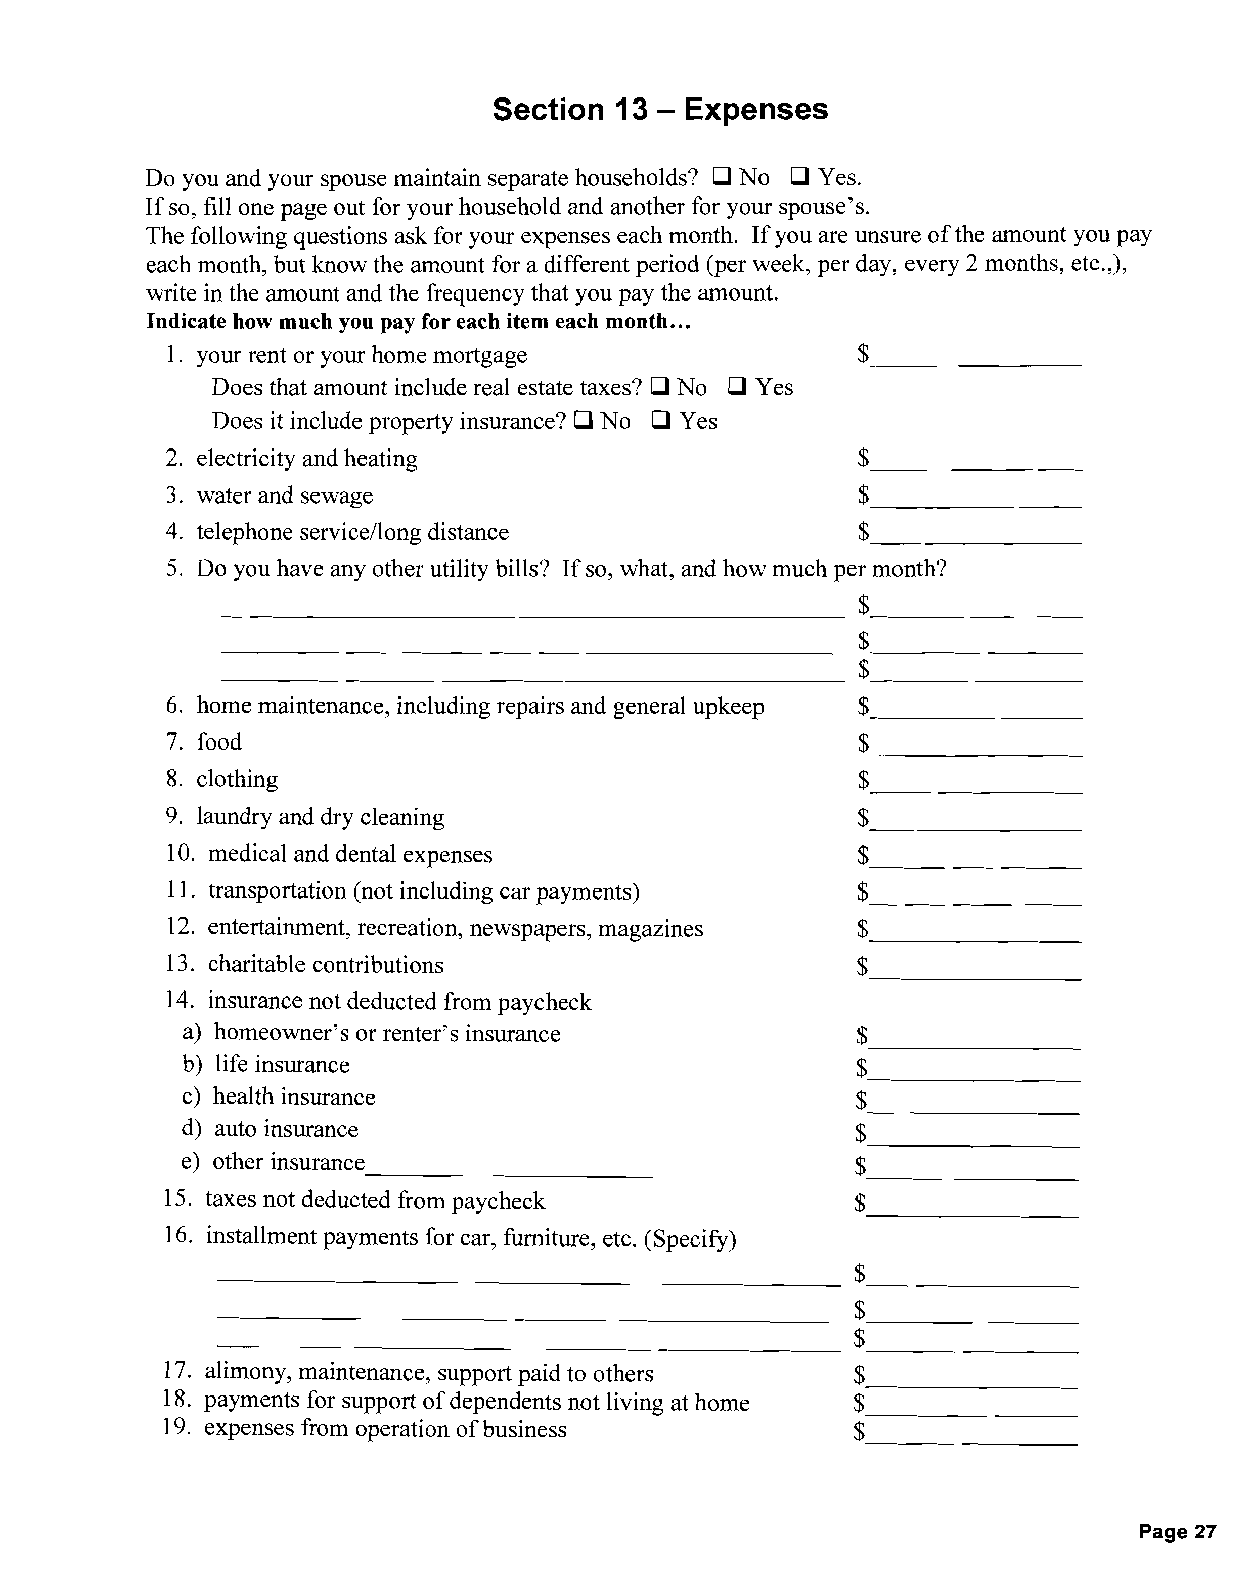
Section 13 - Expenses
 Do you and your spouse maintain separate households? 0 No 0 Yes.
 If so, fill one page out for your household and another for your spouse's.
 The following questions ask for your expenses each month. If you are unsure of the amount you pay
 each month, but know the amount for a different period (per week, per day, every 2 months, etc.,),
 write in the amount and the frequency that you pay the amount.
 Indicate how much you pay for each item each month...
 1. your rent or your home mortgage
 $------­
 Does that amount include real estate taxes? 0 No 0 Yes
 Does it include property insurance? 0 No 0 Yes
 2. electricity and heating
 $-------­
 3. water and sewage
 $----­
 4. telephone service/long distance            $
 5. Do you have any other utility bills? If so, what, and how much per month?
 -----------------------$-------­
 $-------­
 ------------------------                  $--------­
 6. horne maintenance, including repairs and general upkeep
 $-------­
 7. food
 $-------,­
 8. clothing
 $------­
 9. laundry and dry cleaning                   $
 10. medical and dental expenses
 $------­
 11. transportation (not including car payments)
 $------­
 12. entertainment, recreation, newspapers, magazines
 $------­
 13. charitable contributions
 $------­
 14. insurance not deducted from paycheck
 a) homeowner's or renter's insurance
 $------­
 b) life insurance
 $------­
 c) health insurance
 $------­
 d) auto insurance
 $------­
 e) other insurance
 ------------                    $-------­
 15. taxes not deducted from paycheck
 $------­
 16. installment payments for car, furniture, etc. (Specify)
 -----------------------                   $------­
 $-------­
 -----------------$------­
 17. alimony, maintenance, support paid to others $
 --------
 18. payments for support of dependents not living at horne $
 --------
 19. expenses from operation of business      $
 --------
 Page 27